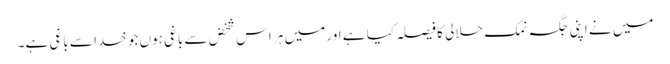
میں نے اپنی جگہ نمک حلالی کا فیصلہ کیا ہے اور میں ہر اس شخض سے باغی ہوں جو خدا سے باغی ہے۔